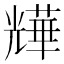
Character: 㒯